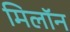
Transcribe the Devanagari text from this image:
मिलॉन